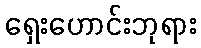
ရှေးဟောင်းဘုရား